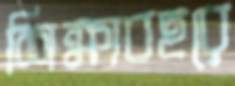
শিক্ষাবছরে